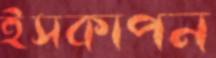
ইসকাপন